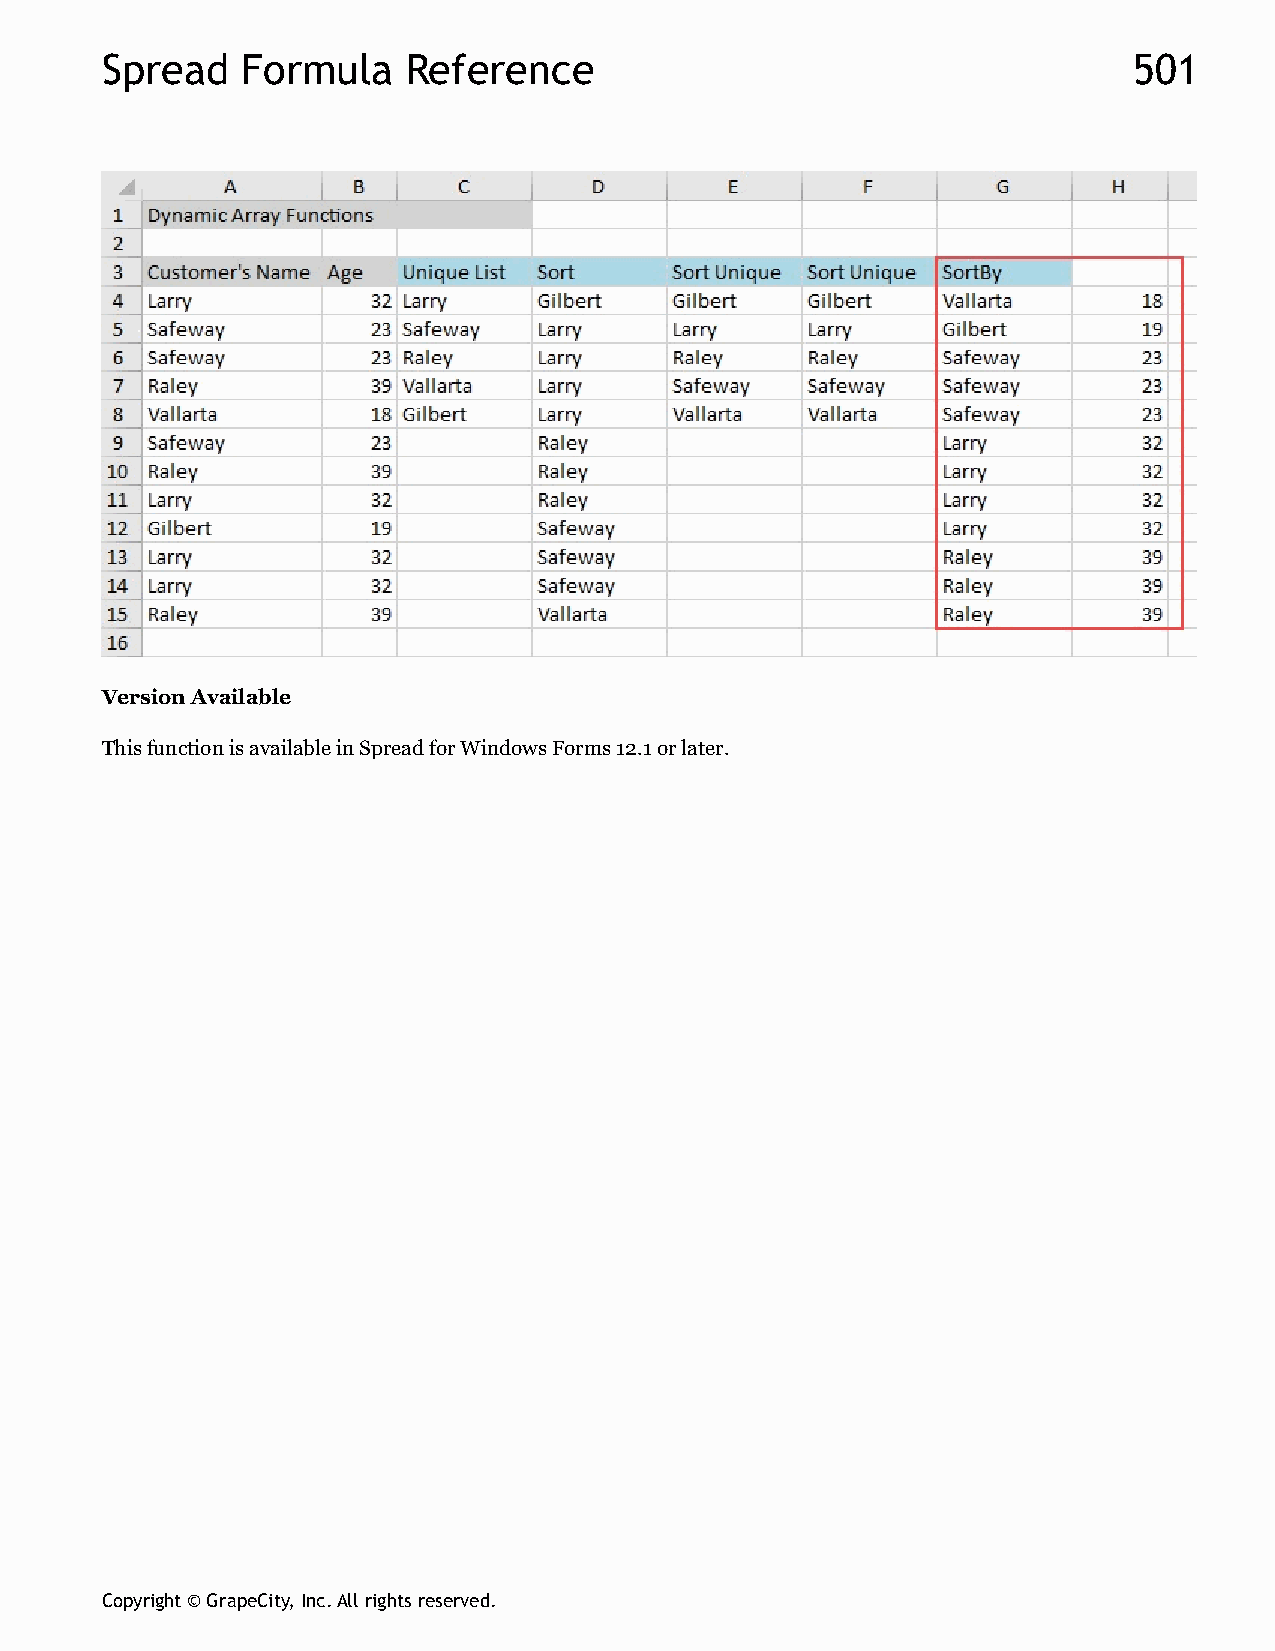
Spread   Formula    Reference                                       501
 Version Available
 This function is available in Spread for Windows Forms 12.1 or later.
 Copyright © GrapeCity, Inc. All rights reserved.